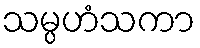
သမ္ပဟံသကာ